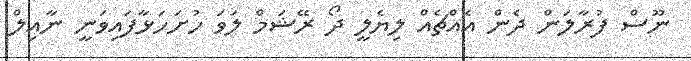
ނޫސް ފުރާލަން ދެން އެއްޗެއް ލިޔެލީ ދޯ ރޭޝަމް ލަވަ ހުށަހަޅާފައިވަނީ ނާއިލް